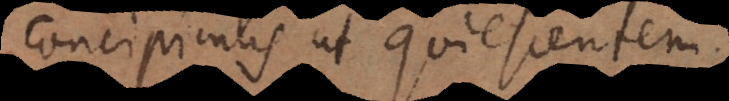
concipimus ut quiescentem.